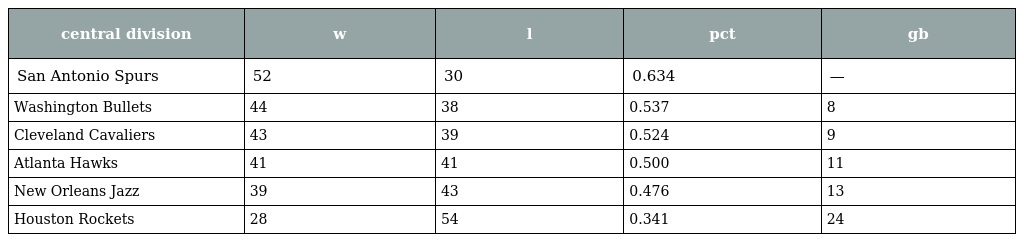
| central division | w | l | pct | gb |
 | --- | --- | --- | --- | --- |
 | San Antonio Spurs | 52 | 30 | 0.634 | — |
 | Washington Bullets | 44 | 38 | 0.537 | 8 |
 | Cleveland Cavaliers | 43 | 39 | 0.524 | 9 |
 | Atlanta Hawks | 41 | 41 | 0.500 | 11 |
 | New Orleans Jazz | 39 | 43 | 0.476 | 13 |
 | Houston Rockets | 28 | 54 | 0.341 | 24 |